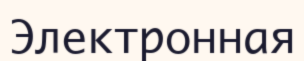
Электронная